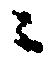
ニ